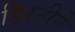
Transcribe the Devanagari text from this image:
डिस्नीने